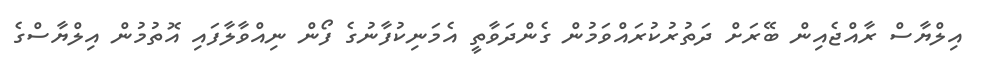
އިލްޔާސް ރާއްޖެއިން ބޭރަށް ދަތުރުކުރައްވަމުން ގެންދަވާތީ އެމަނިކުފާނުގެ ފޯން ނިއްވާލާފައި އޮތުމުން އިލްޔާސްގެ